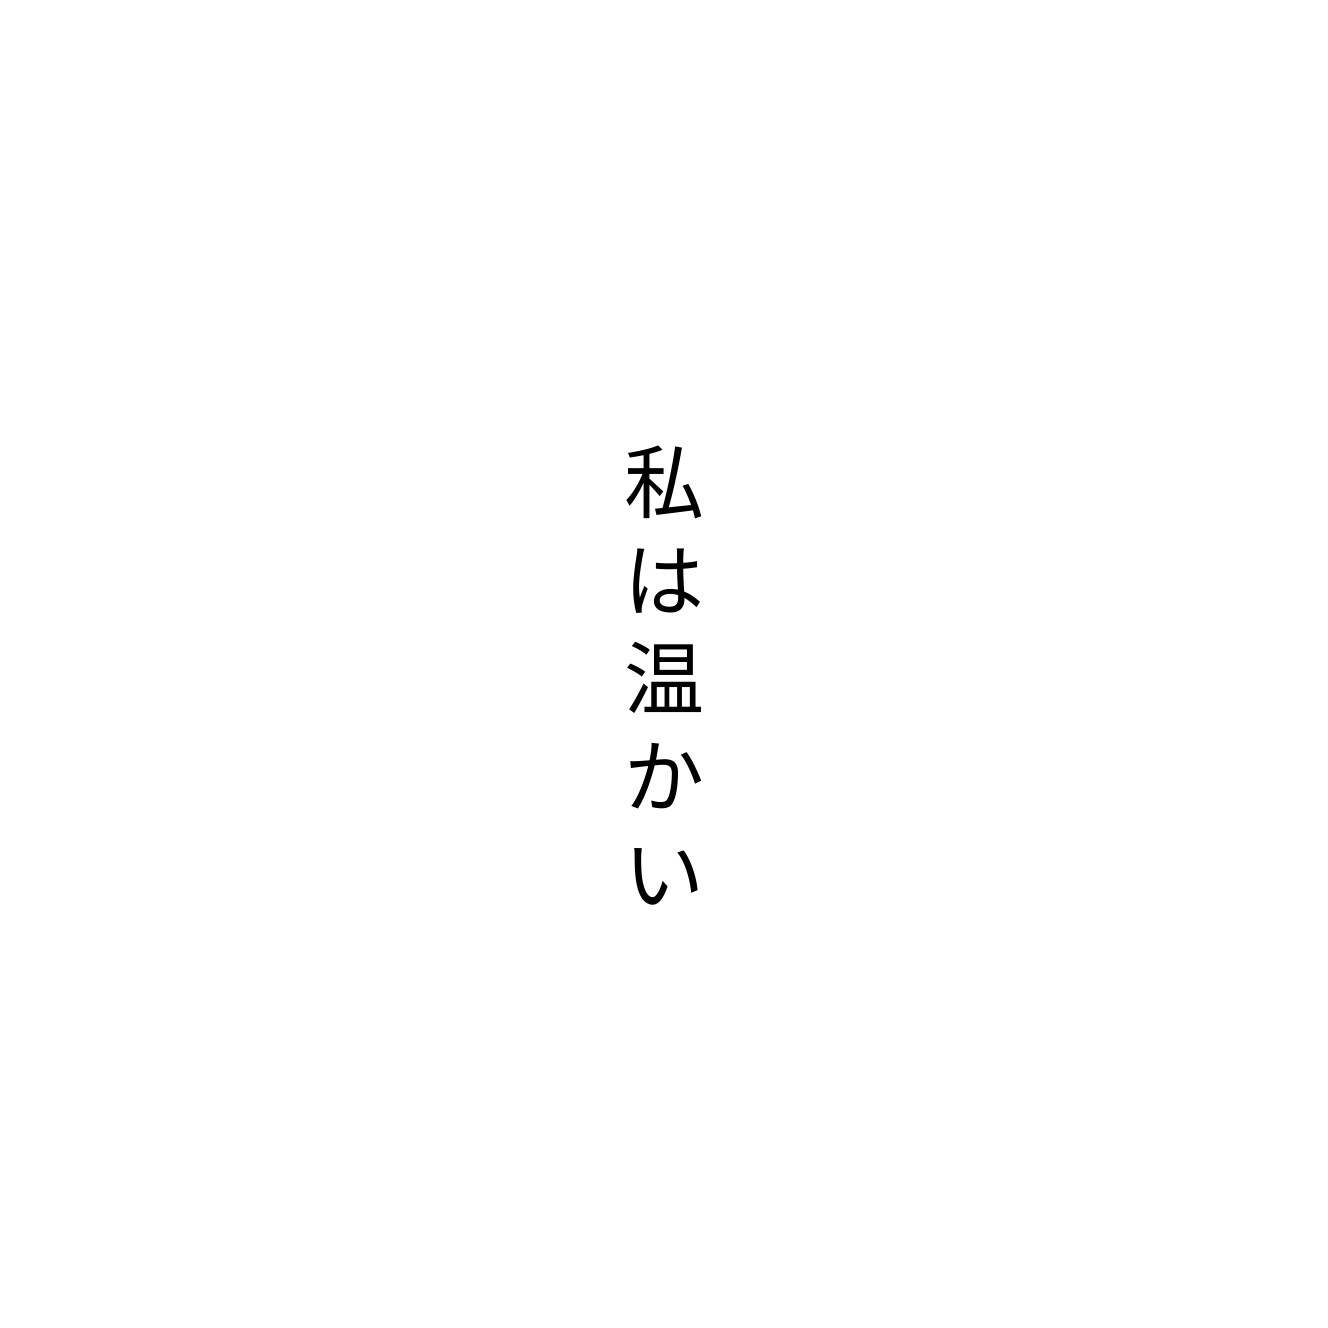
私は温かい